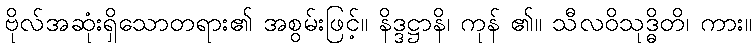
ဗိုလ်အဆုံးရှိသောတရား၏ အစွမ်းဖြင့်။ နိဒ္ဒဋ္ဌာနိ၊ ကုန် ၏။ သီလဝိသုဒ္ဓိတိ၊ ကား။